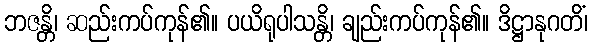
ဘဇန္တိ၊ ဆည်းကပ်ကုန်၏။ ပယိရုပါသန္တိ၊ ချည်းကပ်ကုန်၏။ ဒိဋ္ဌာနုဂတိံ၊